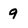
Character: 9